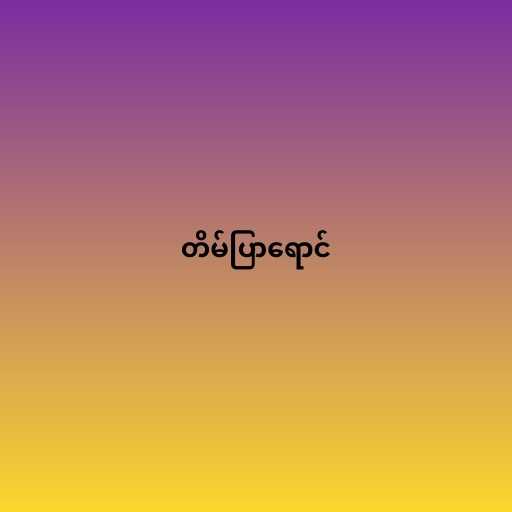
တိမ်ပြာရောင်